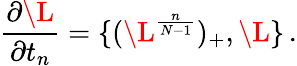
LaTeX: \frac{\partial\L}{\partial t_{n}}=\{ (\L^{\frac{n}{N-1}})_{+},\L\} \, .